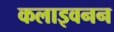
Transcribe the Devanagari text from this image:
कलाइवनन